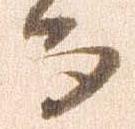
而